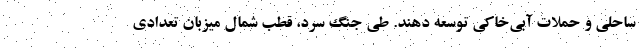
ساحلی و حملات آبی‌خاکی توسعه دهند. طی جنگ سرد، قطب شمال میزبان تعدادی